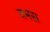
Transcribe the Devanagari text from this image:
नभस